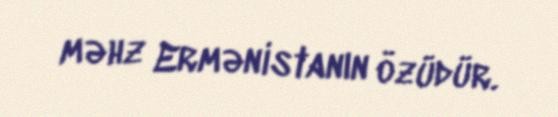
məhz Ermənistanın özüdür.